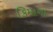
કિમાના